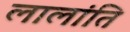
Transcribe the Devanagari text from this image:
लालांति